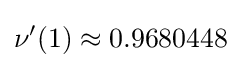
\nu ^{\prime }(1)\approx 0.9680448